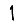
Digit: 1